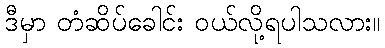
ဒီမှာ တံဆိပ်ခေါင်း ဝယ်လို့ရပါသလား။